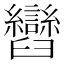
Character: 𦦽